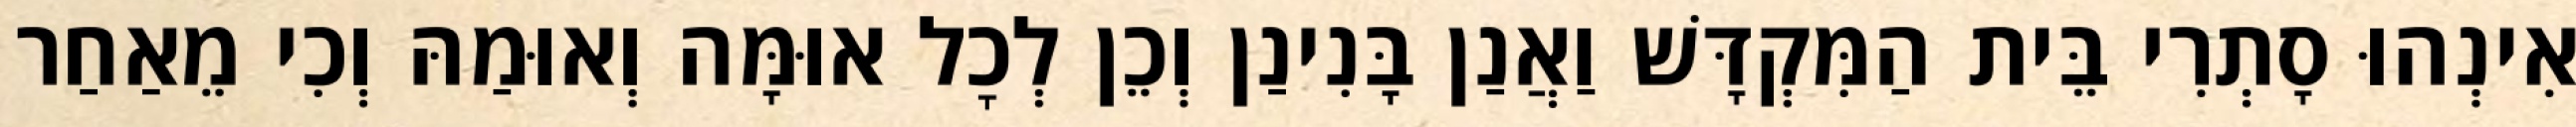
אִינְהוּ סָתְרִי בֵּית הַמִּקְדָּשׁ וַאֲנַן בָּנִינַן וְכֵן לְכׇל אוּמָּה וְאוּמַהּ וְכִי מֵאַחַר